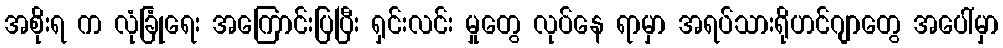
အစိုးရ က လုံခြုံရေး အကြောင်းပြပြီး ရှင်းလင်း မှုတွေ လုပ်နေ ရာမှာ အရပ်သားရိုဟင်ဂျာတွေ အပေါ်မှာ